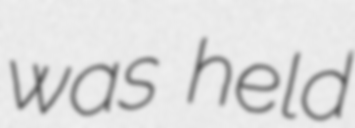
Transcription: was held